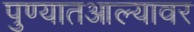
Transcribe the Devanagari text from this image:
पुण्यातआल्यावर